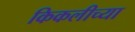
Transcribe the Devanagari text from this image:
किकलीच्या